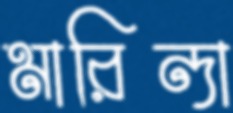
মারিন্দা